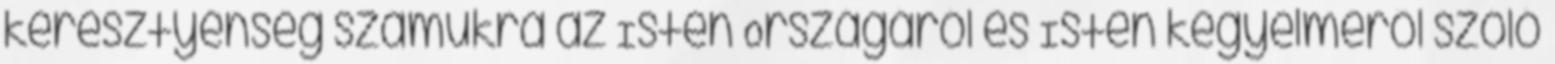
keresztyénség számukra az Isten Országáról és Isten kegyelméről szóló